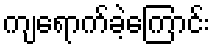
ကျရောက်ခဲ့ကြောင်း